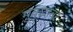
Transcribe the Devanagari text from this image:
मुकुटावर